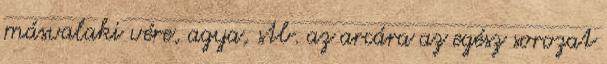
másvalaki vére, agya, stb. az arcára az egész sorozat